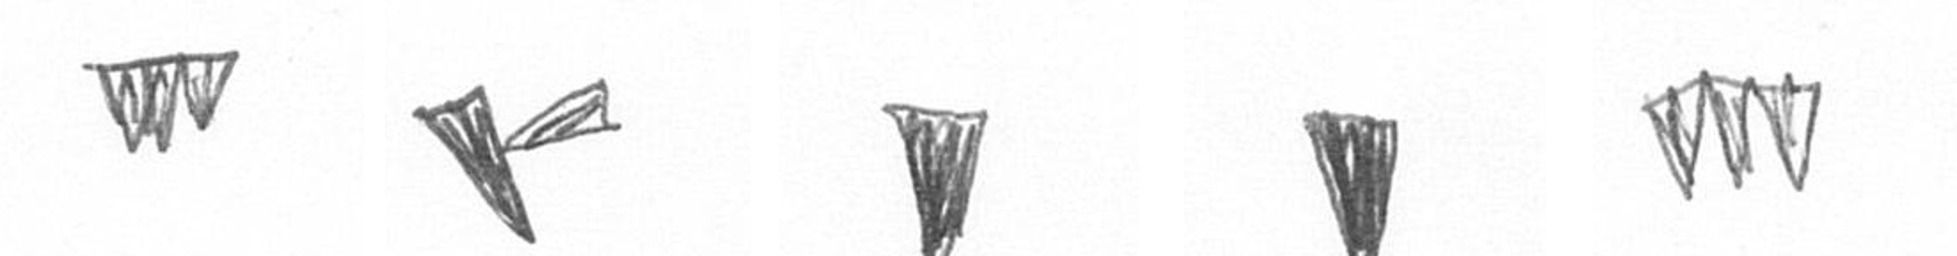
L F J J L